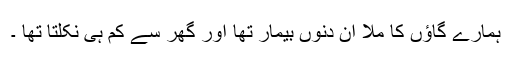
ہمارے گاﺅں کا ملّا ان دنوں بیمار تھا اور گھر سے کم ہی نکلتا تھا ۔